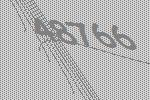
48766